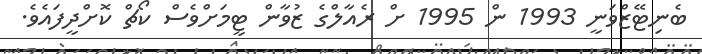
ބެނިޓޭޒްވަނީ 1993 ން 1995 ށް ރެއާލްގެ ޒުވާން ޓީމަށްވެސް ކޯޗް ކޮށްދީފައެވެ.